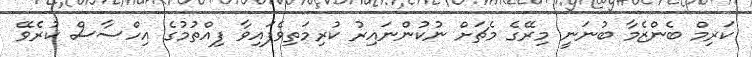
ކަރިމް ބެންޒެމާ ބުނަނީ މިރޭގެ މެޗަށް ނުކުންނައިރު ކުރިމަތިވެފައިވާ ފިއްތުމުގެ އިހްސާސް ކުރެވޭ